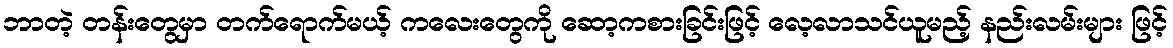
ဘာတဲ့ တန်းတွေမှာ တက်ရောက်မယ့် ကလေးတွေကို ဆော့ကစားခြင်းဖြင့် လေ့လာသင်ယူမည့် နည်းလမ်းများ ဖြင့်